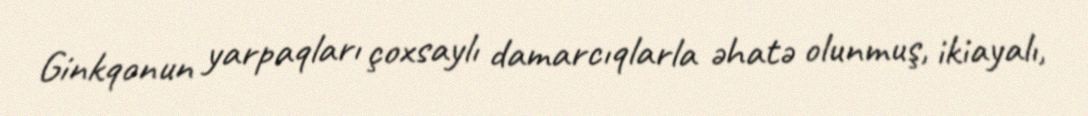
Ginkqonun yarpaqları çoxsaylı damarcıqlarla əhatə olunmuş, ikiayalı,